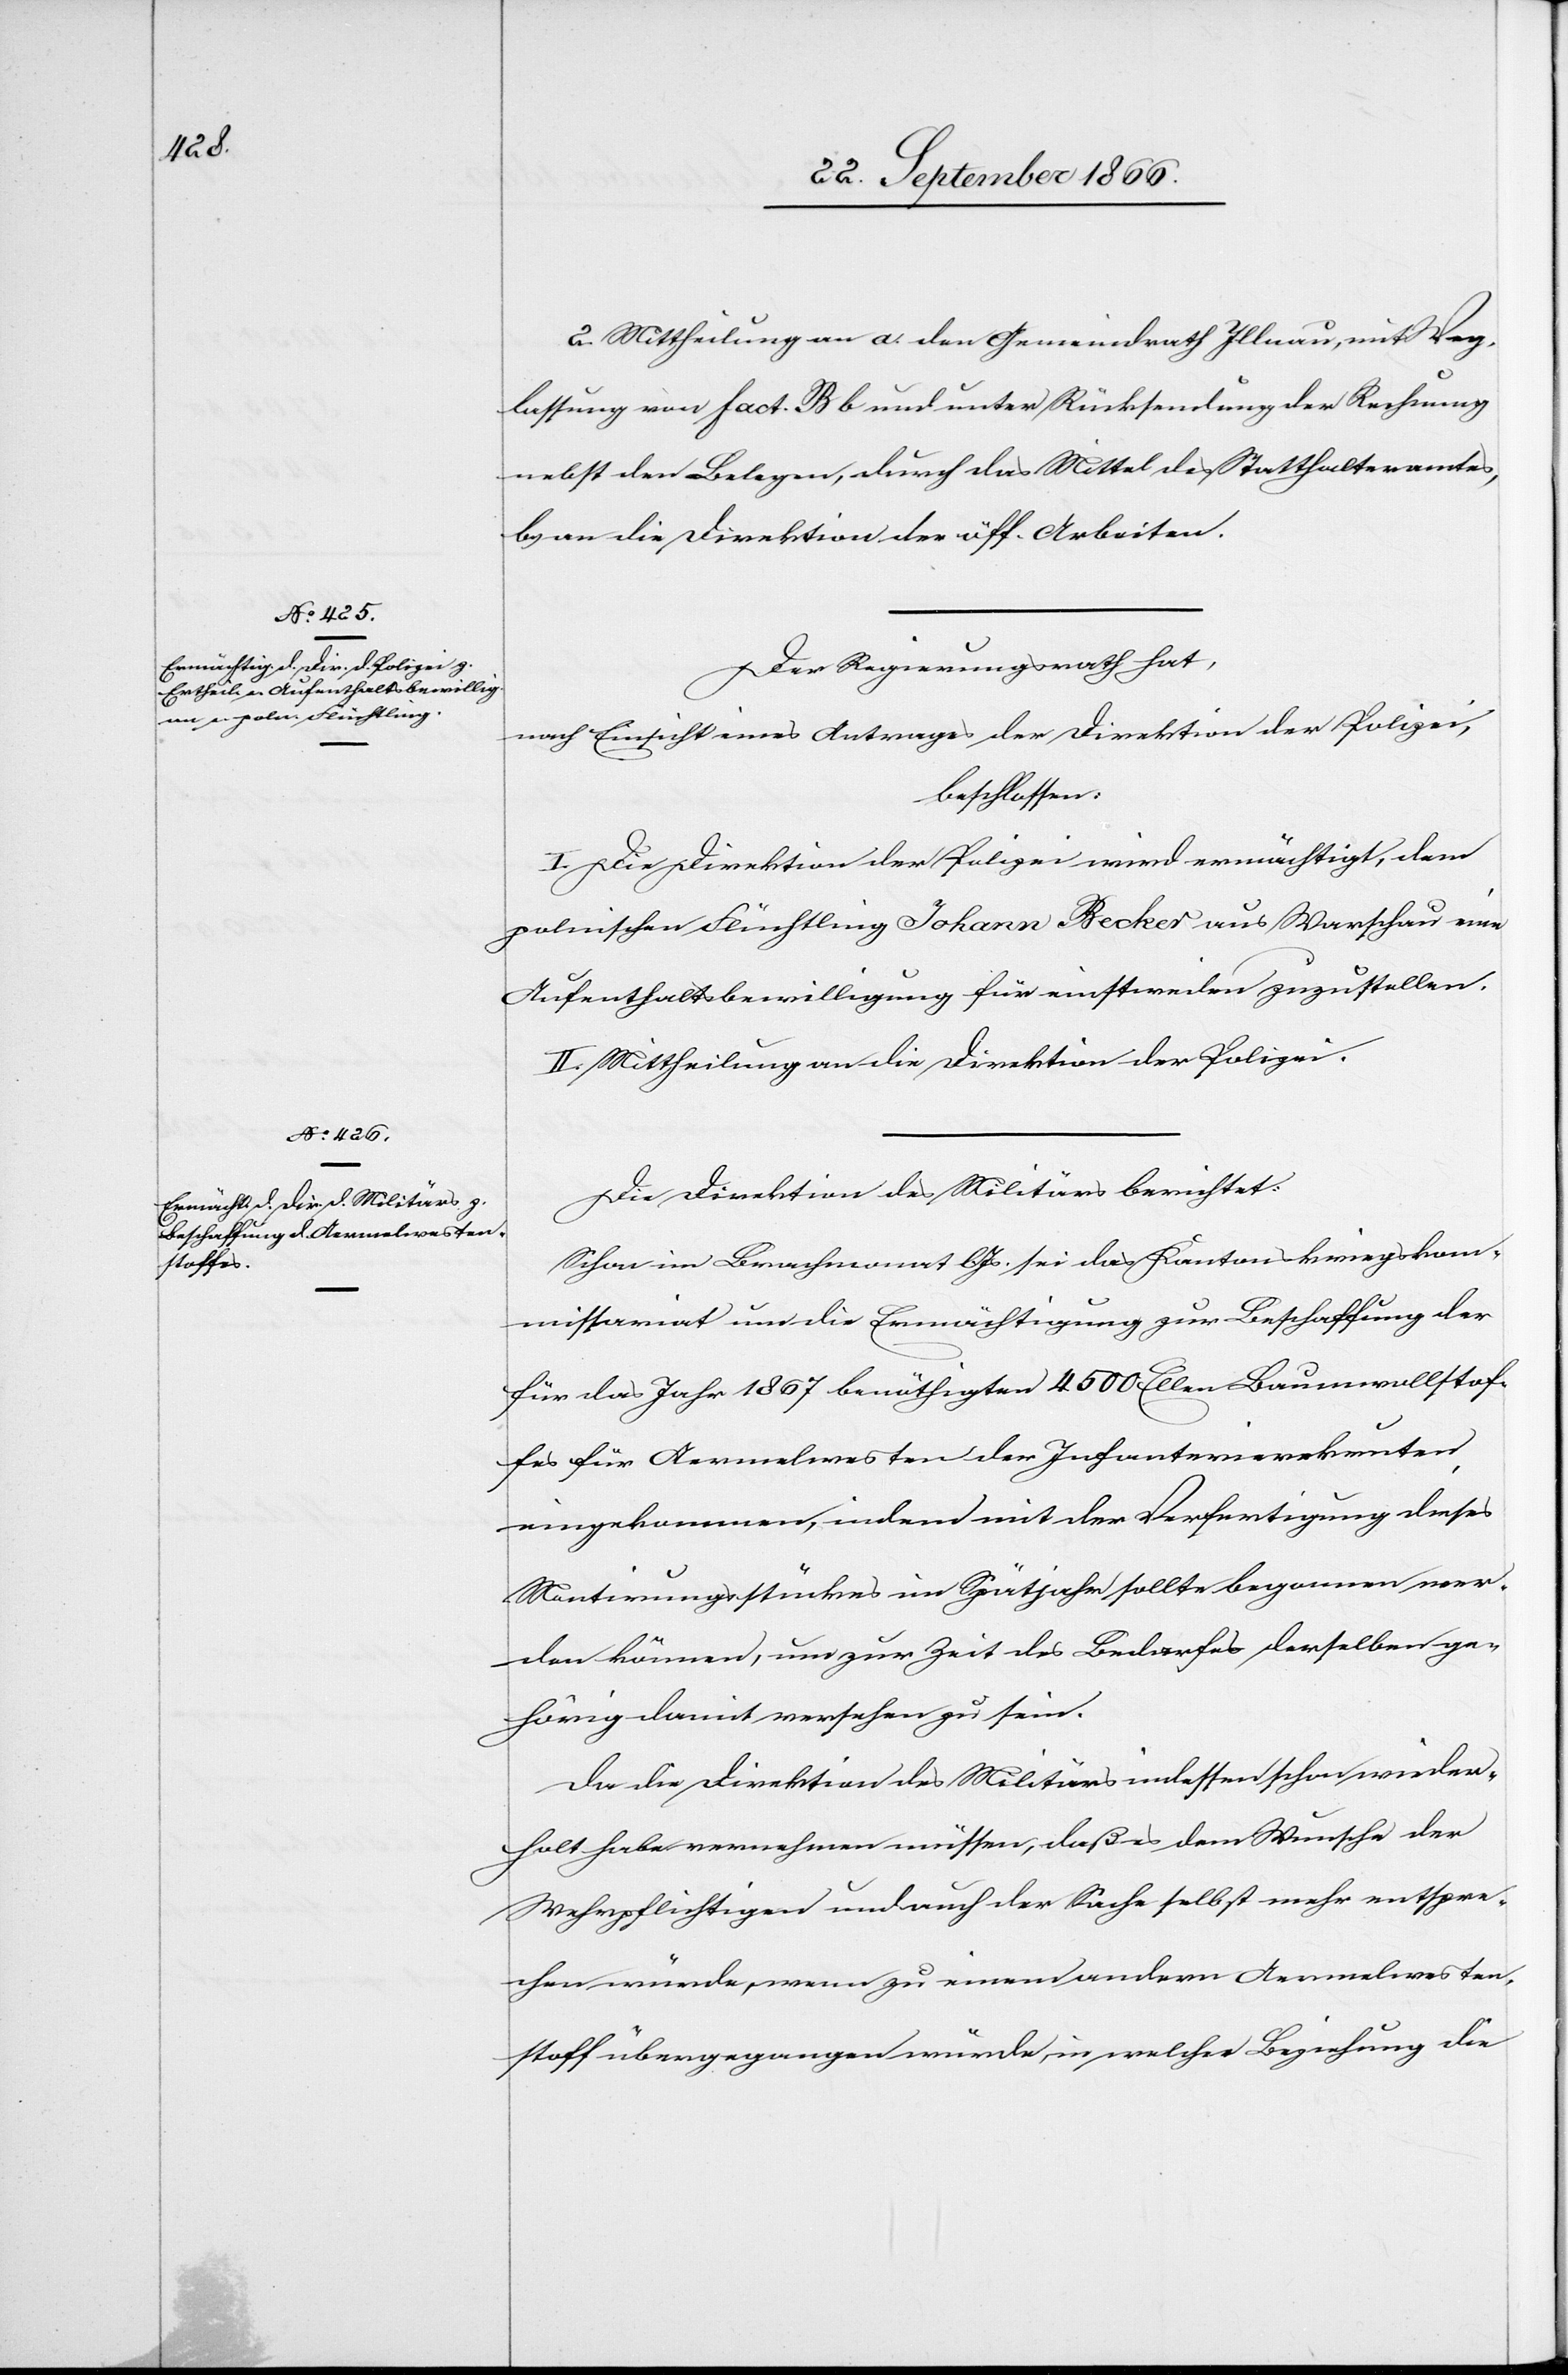
2. Mittheilung an a. den Gemeindrath Illnau, mit Weg¬
lassung von Fact.B b und unter Rücksendung der Rechnung
nebst den Belegen, durch das Mittel des Statthalteramtes,
b. an die Direktion der öff. Arbeiten.
Der Regierungsrath hat,
nach Einsicht eines Antrages der Direktion der Polizei,
beschlossen:
I. Die Direktion der Polizei wird ermächtigt, dem
polnischen Flüchtling Johann Recker aus Warschau eine
Aufenthaltsbewilligung für einstweilen zuzustellen.
II. Mittheilung an die Direktion der Polizei.
Die Direktion des Militärs berichtet:
Schon im Brachmonat lJs. sei das Kantonskriegskom¬
missariat um die Ermächtigung zur Beschaffung der
für das Jahr 1867 benöthigten 4500 Ellen Baumwollstof¬
fes für Aermelwesten der Infanterierekruten
eingekommen, indem mit der Verfertigung dieses
Montirungsstückes im Spätjahr sollte begonnen wer¬
den können, um zur Zeit des Bedarfes derselben ge¬
hörig damit versehen zu sein.
Da die Direktion des Militärs indessen schon wieder¬
holt habe vernehmen müssen, daß es dem Wunsche der
Wehrpflichtigen und auch der Sache selbst mehr entspre¬
chen würde, wenn zu einem andern Aermelvesten¬
stoff übergegangen würde, in welcher Beziehung die